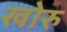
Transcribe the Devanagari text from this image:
खोरु